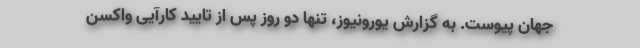
جهان پیوست. به گزارش یورونیوز، تنها دو روز پس از تایید کارآیی واکسن